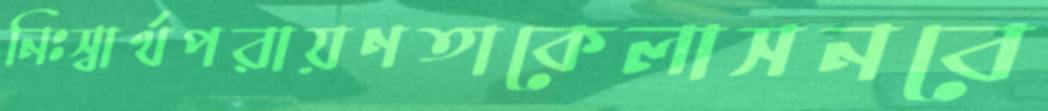
নিঃস্বার্থপরায়ণতাকেলাসনবে